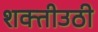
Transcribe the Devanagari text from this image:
शक्तीउठी